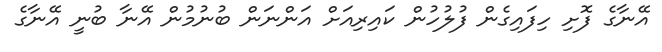
އޭނާގެ ފޮށި ހިފައިގެން ފުލުހުން ކައިރިއަށް އަންނަން ބުނުމުން އޭނާ ބުނީ އޭނާގެ